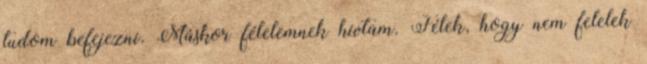
tudom befejezni. Máskor félelemnek hívtam. Félek, hogy nem felelek